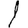
Digit: 1